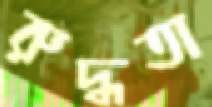
রুদ্ধতা